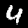
Digit: 4